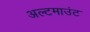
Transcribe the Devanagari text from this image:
अल्टमाउंट